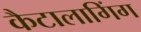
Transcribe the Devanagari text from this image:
कैटालागिंग